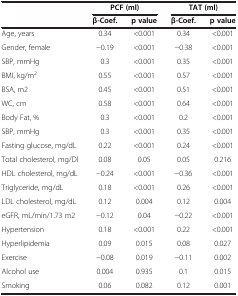
<table><thead><tr><td><b> </b></td><td colspan="2"><b>PCF (ml)</b></td><td colspan="2"><b>TAT (ml)</b></td></tr><tr><td><b> </b></td><td><b>β-Coef.</b></td><td><b>p value</b></td><td><b>β-Coef.</b></td><td><b>p value</b></td></tr></thead><tbody><tr><td>Age, years</td><td>0.34</td><td>&lt;0.001</td><td>0.34</td><td>&lt;0.001</td></tr><tr><td>Gender, female</td><td>−0.19</td><td>&lt;0.001</td><td>−0.38</td><td>&lt;0.001</td></tr><tr><td>SBP, mmHg</td><td>0.3</td><td>&lt;0.001</td><td>0.35</td><td>&lt;0.001</td></tr><tr><td>BMI, kg/m<sup>2</sup></td><td>0.55</td><td>&lt;0.001</td><td>0.57</td><td>&lt;0.001</td></tr><tr><td>BSA, m2</td><td>0.45</td><td>&lt;0.001</td><td>0.51</td><td>&lt;0.001</td></tr><tr><td>WC, cm</td><td>0.58</td><td>&lt;0.001</td><td>0.64</td><td>&lt;0.001</td></tr><tr><td>Body Fat, %</td><td>0.3</td><td>&lt;0.001</td><td>0.2</td><td>&lt;0.001</td></tr><tr><td>SBP, mmHg</td><td>0.3</td><td>&lt;0.001</td><td>0.35</td><td>&lt;0.001</td></tr><tr><td>Fasting glucose, mg/dL</td><td>0.22</td><td>&lt;0.001</td><td>0.24</td><td>&lt;0.001</td></tr><tr><td>Total cholesterol, mg/Dl</td><td>0.08</td><td>0.05</td><td>0.05</td><td>0.216</td></tr><tr><td>HDL cholesterol, mg/dL</td><td>−0.24</td><td>&lt;0.001</td><td>−0.36</td><td>&lt;0.001</td></tr><tr><td>Triglyceride, mg/dL</td><td>0.18</td><td>&lt;0.001</td><td>0.26</td><td>&lt;0.001</td></tr><tr><td>LDL cholesterol, mg/dL</td><td>0.12</td><td>0.004</td><td>0.12</td><td>0.004</td></tr><tr><td>eGFR, mL/min/1.73 m2</td><td>−0.12</td><td>0.04</td><td>−0.22</td><td>&lt;0.001</td></tr><tr><td>Hypertension</td><td>0.18</td><td>&lt;0.001</td><td>0.22</td><td>&lt;0.001</td></tr><tr><td>Hyperlipidemia</td><td>0.09</td><td>0.015</td><td>0.08</td><td>0.027</td></tr><tr><td>Exercise</td><td>−0.08</td><td>0.019</td><td>−0.11</td><td>0.002</td></tr><tr><td>Alcohol use</td><td>0.004</td><td>0.935</td><td>0.1</td><td>0.015</td></tr><tr><td>Smoking</td><td>0.06</td><td>0.082</td><td>0.12</td><td>0.001</td></tr></tbody></table>